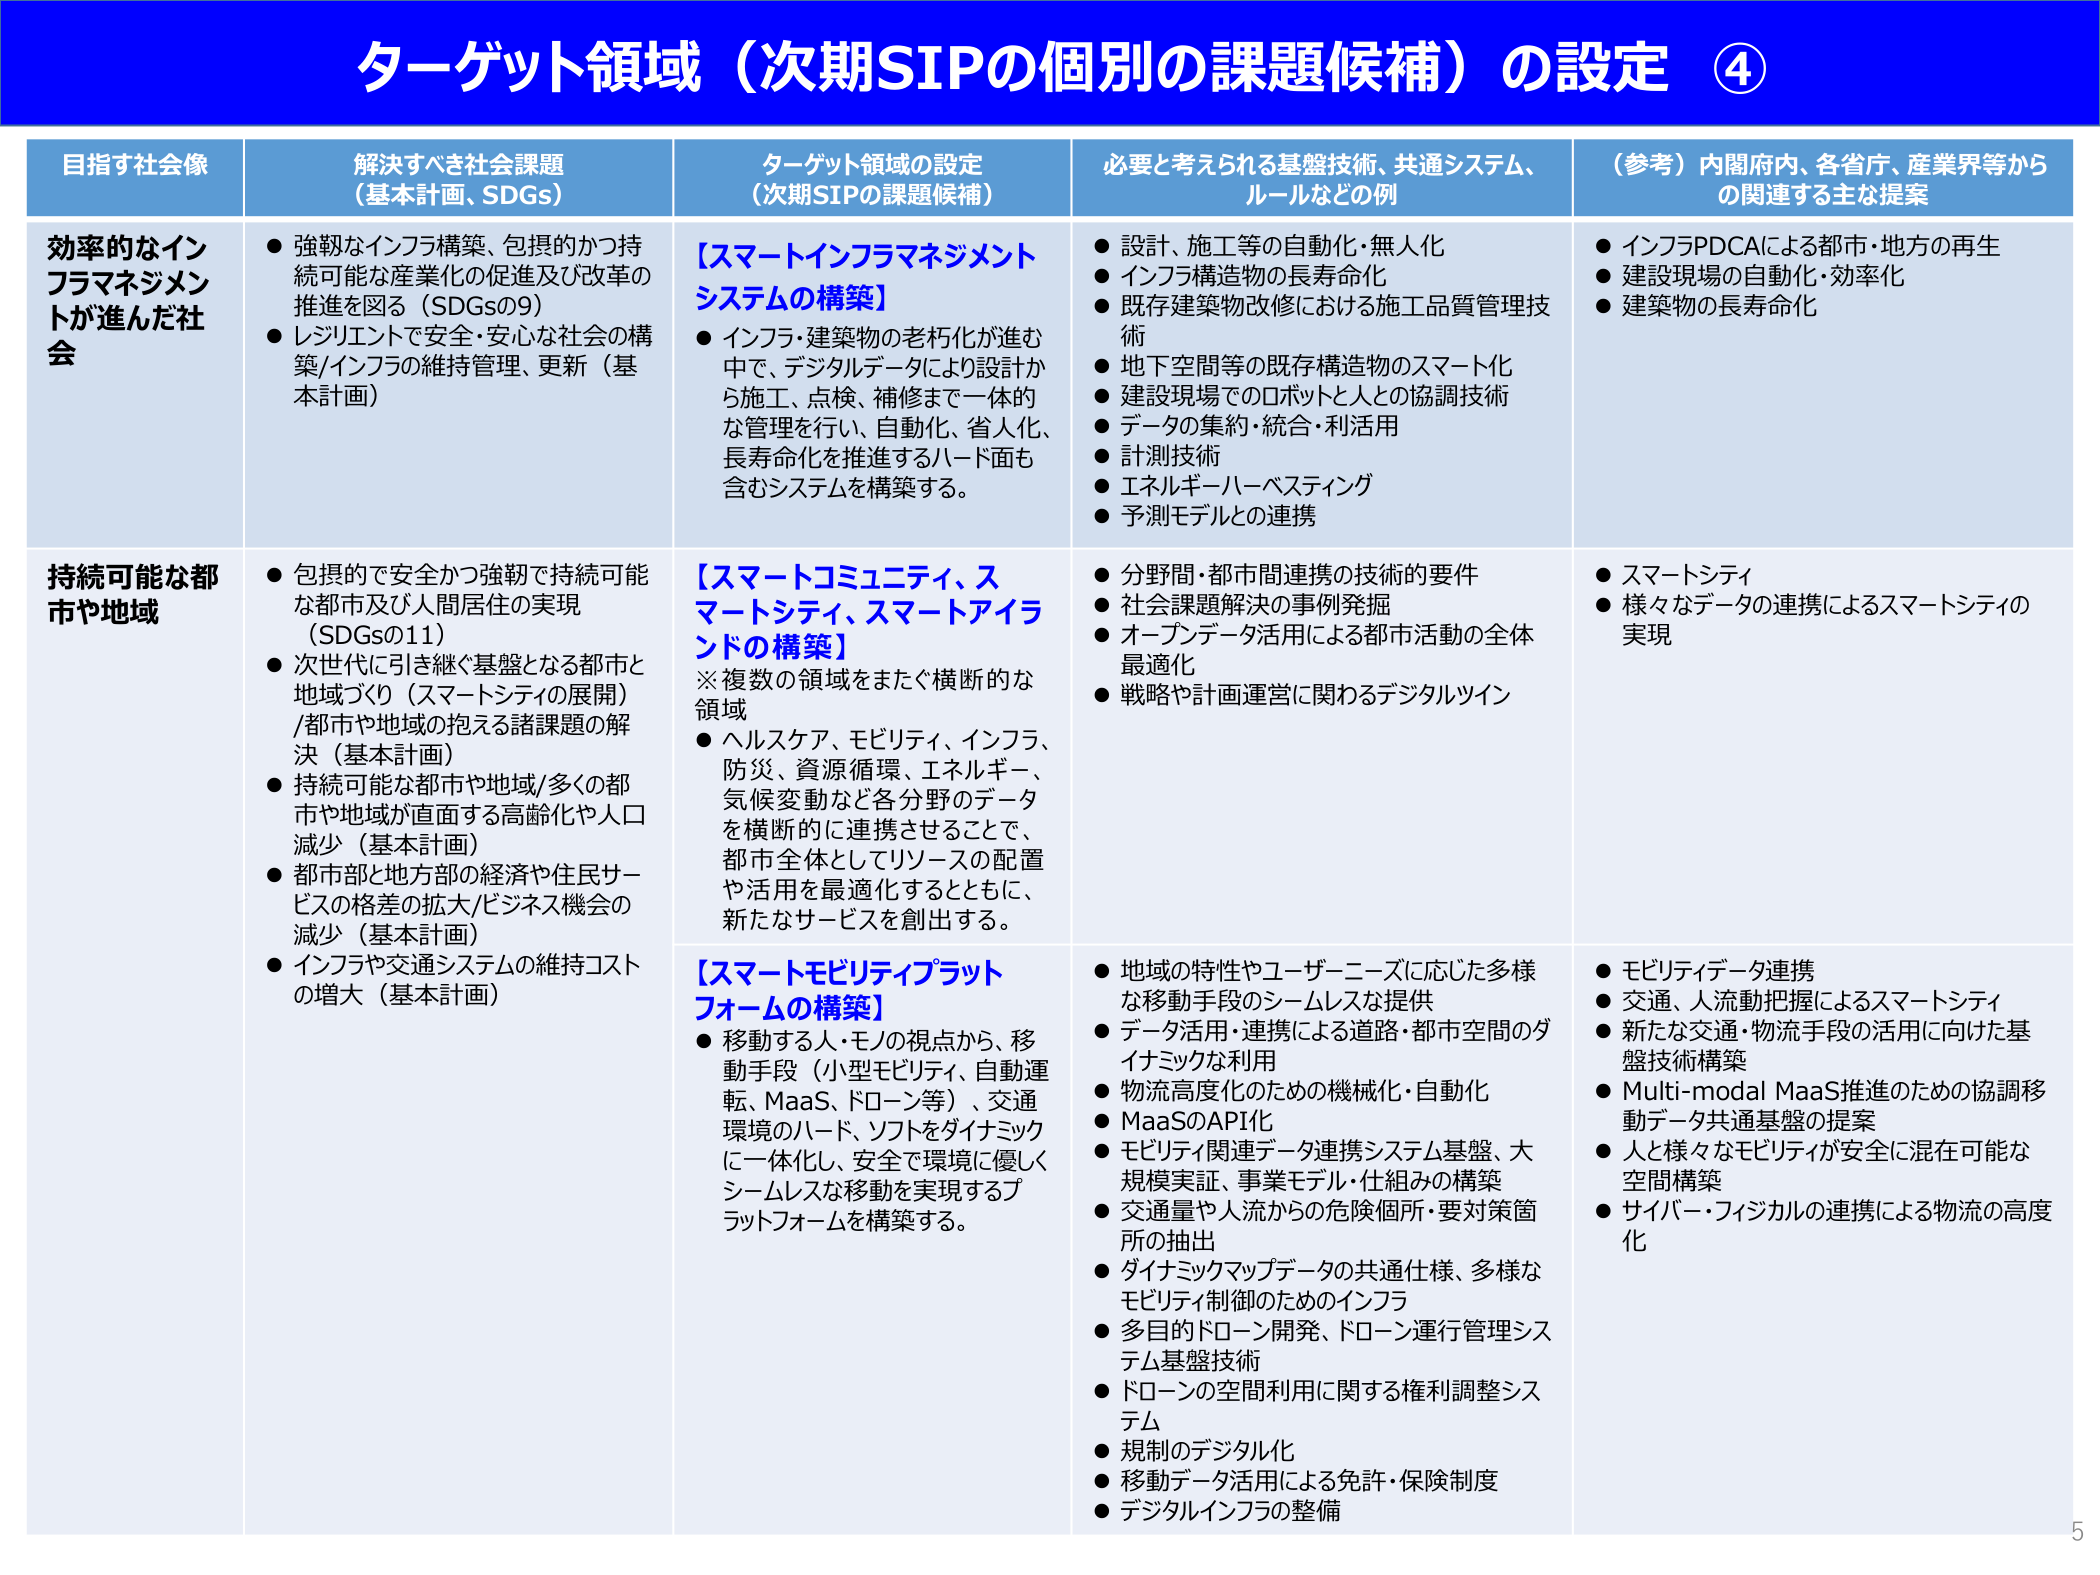
ターゲット領域（次期SIPの個別の課題候補）の設定 ④

目指す社会像
解決すべき社会課題
（基本計画、SDGs）
ターゲット領域の設定
（次期SIPの課題候補）
必要と考えられる基盤技術、共通システム、
ルールなどの例
（参考）内閣府内、各省庁、産業界等から
の関連する主な提案

効率的なインフラマネジメントが進んだ社会
● 強靭なインフラ構築、包摂的かつ持続可能な産業化の促進及び改革の推進を図る（SDGsの9）
● レジリエントで安全・安心な社会の構築/インフラの維持管理、更新（基本計画）
【スマートインフラマネジメントシステムの構築】
● インフラ・建築物の老朽化が進む中で、デジタルデータにより設計から施工、点検、補修まで一体的な管理を行い、自動化、省人化、長寿命化を推進するハード面も含むシステムを構築する。
● 設計、施工等の自動化・無人化
● インフラ構造物の長寿命化
● 既存建築物改修における施工品質管理技術
● 地下空間等の既存構造物のスマート化
● 建設現場でのロボットと人との協調技術
● データの集約・統合・利活用
● 計測技術
● エネルギーハーベスティング
● 予測モデルとの連携
● インフラPDCAによる都市・地方の再生
● 建設現場の自動化・効率化
● 建築物の長寿命化

持続可能な都市や地域
● 包摂的で安全かつ強靭で持続可能な都市及び人間居住の実現（SDGsの11）
● 次世代に引き継ぐ基盤となる都市と地域づくり（スマートシティの展開）/都市や地域の抱える諸課題の解決（基本計画）
● 持続可能な都市や地域/多くの都市や地域が直面する高齢化や人口減少（基本計画）
● 都市部と地方部の経済や住民サービスの格差の拡大/ビジネス機会の減少（基本計画）
● インフラや交通システムの維持コストの増大（基本計画）
【スマートコミュニティ、スマートシティ、スマートアイランドの構築】
※ 複数の領域をまたぐ横断的な領域
● ヘルスケア、モビリティ、インフラ、防災、資源循環、エネルギー、気候変動など各分野のデータを横断的に連携させることで、都市全体としてリソースの配置や活用を最適化するとともに、新たなサービスを創出する。
● 分野間・都市間連携の技術的要件
● 社会課題解決の事例発掘
● オープンデータ活用による都市活動の全体最適化
● 戦略や計画運営に関わるデジタルツイン
● スマートシティ
● 様々なデータの連携によるスマートシティの実現

【スマートモビリティプラットフォームの構築】
● 移動する人・モノの視点から、移動手段（小型モビリティ、自動運転、MaaS、ドローン等）、交通環境のハード、ソフトをダイナミックに一体化し、安全で環境に優しくシームレスな移動を実現するプラットフォームを構築する。
● 地域の特性やユーザーニーズに応じた多様な移動手段のシームレスな提供
● データ活用・連携による道路・都市空間のダイナミックな利用
● 物流高度化のための機械化・自動化
● MaaSのAPI化
● モビリティ関連データ連携システム基盤、大規模実証、事業モデル・仕組みの構築
● 交通量や人流からの危険個所・要対策箇所の抽出
● ダイナミックマップデータの共通仕様、多様なモビリティ制御のためのインフラ
● 多目的ドローン開発、ドローン運行管理システム基盤技術
● ドローンの空間利用に関する権利調整システム
● 規制のデジタル化
● 移動データ活用による免許・保険制度
● デジタルインフラの整備
● モビリティデータ連携
● 交通、人流動把握によるスマートシティ
● 新たな交通・物流手段の活用に向けた基盤技術構築
● Multi-modal MaaS推進のための協調移動データ共通基盤の提案
● 人と様々なモビリティが安全に混在可能な空間構築
● サイバー・フィジカルの連携による物流の高度化

5